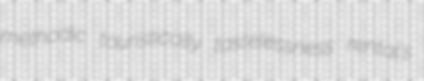
methodic touristically tastelessness rental's